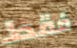
فقط